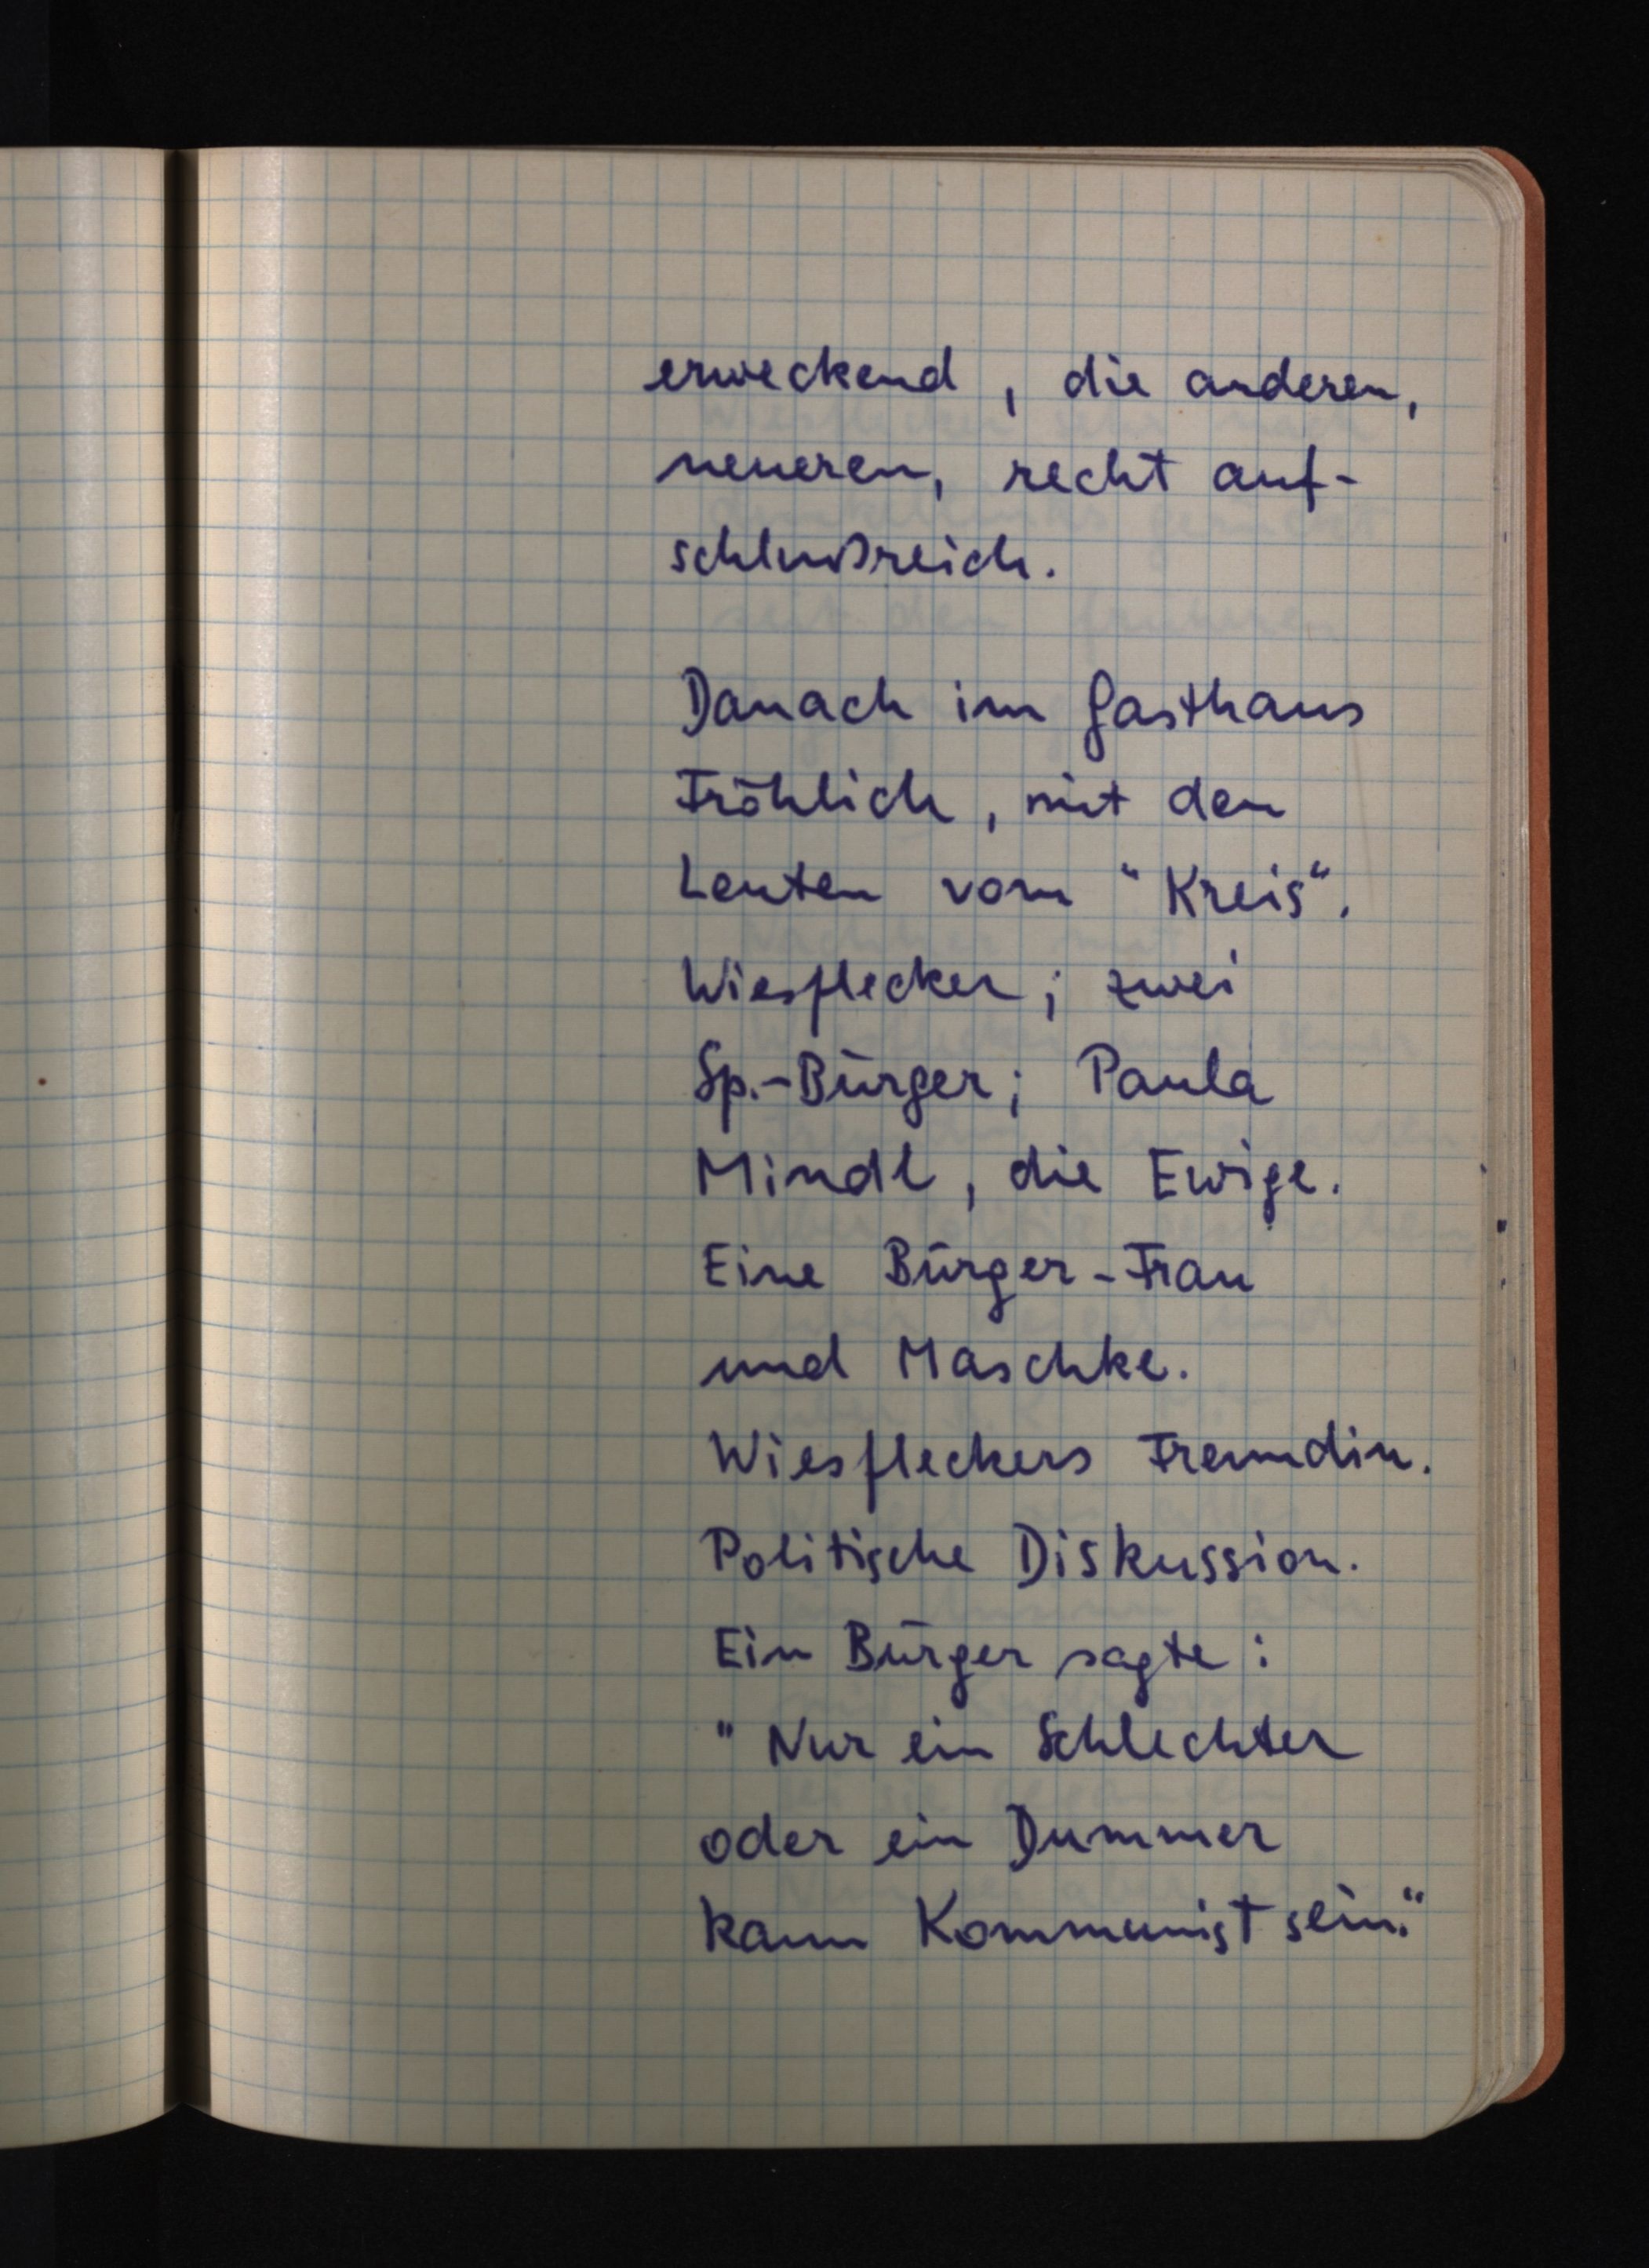
erweckend, die anderen,
neueren, recht auf¬
schlußreich.
Danach im Gasthaus
Fröhlich, mit den
Leuten vom "Kreis".
Wiesflecker; zwei
Sp.-Bürger; Paula
Mindl, die Ewige.
Eine Bürger-Frau
und Maschke.
Wiesfleckers Freundin.
Politische Diskussion.
Ein Bürger sagte:
"Nur ein Schlechter
oder ein Dummer
kann Kommunist sein."